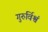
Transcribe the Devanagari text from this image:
गुरुर्विश्वं